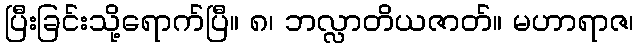
ပြီးခြင်းသို့ရောက်ပြီ။ ၈၊ ဘလ္လာတိယဇာတ်။ မဟာရာဇ၊